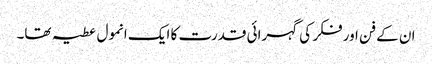
ان کے فن اور فکر کی گہرائی قدرت کا ایک انمول عطیہ تھا۔